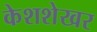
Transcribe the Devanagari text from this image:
केशशेखर